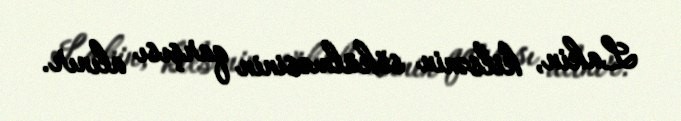
Lakin, kilsənin sökülməsinin qarşısı alınır.